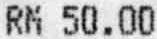
RM 50.00